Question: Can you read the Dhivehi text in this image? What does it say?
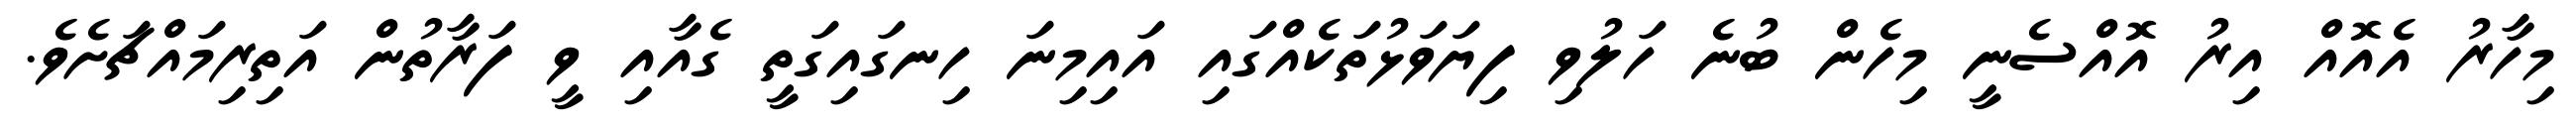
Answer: މިހާރު އެއޮއް އިރު އޮއްސެނީ މިހެން ބުނެ ހަލުވި ފިޔަވަޅުތަކެއްގައި އައިމިނަ ހިނގައިގަތީ ގެއާއި ވީ ފަރާތުން އަތިރިމައްޗަށެވެ.